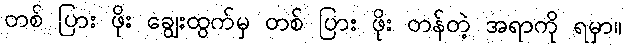
တစ် ပြား ဖိုး ချွေးထွက်မှ တစ် ပြား ဖိုး တန်တဲ့ အရာကို ရမှာ။